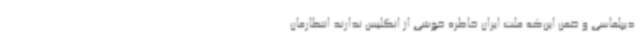
دیپلماسی و ضمن این‌که ملت ایران خاطره خوشی از انگلیس ندارند انتظارمان